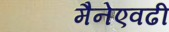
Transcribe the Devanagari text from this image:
मैनेएवढी